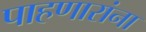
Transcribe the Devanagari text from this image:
पाहणारांना